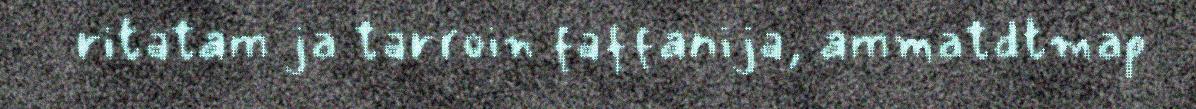
ritatam ja tarroin faffanija, ammatdtmap